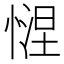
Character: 𢟗